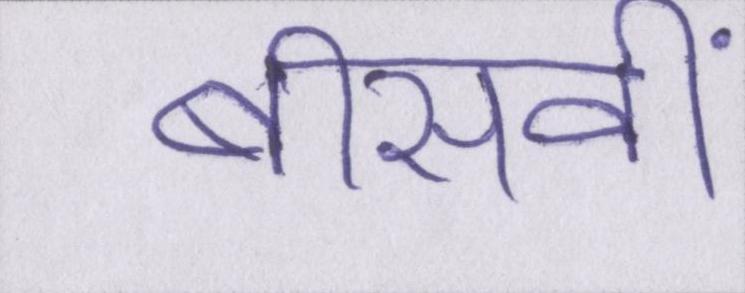
बीसवीं